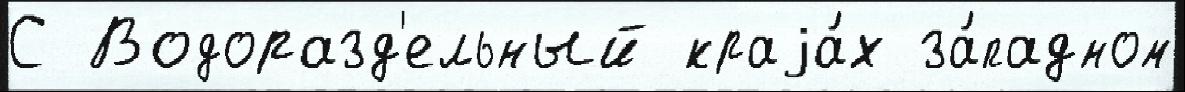
С Водоразд'ельный краjа́х за́падном